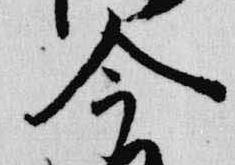
今